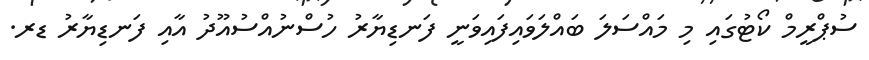
ސުޕްރީމް ކޯޓުގައި މި މައްސަލަ ބައްލަވައިފައިވަނީ ފަނޑިޔާރު ހުސްނުއްސުއޫދު އާއި ފަނޑިޔާރު ޑރ.